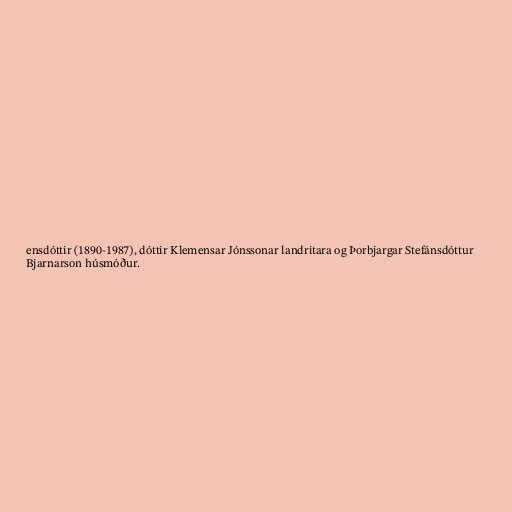
ensdóttir (1890-1987), dóttir Klemensar Jónssonar landritara og Þorbjargar Stefánsdóttur
Bjarnarson húsmóður.